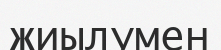
жиылумен